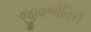
જીવભૌતિકી